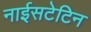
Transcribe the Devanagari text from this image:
नाईसटेटिन